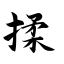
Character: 揉